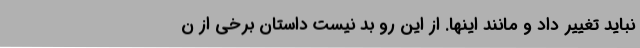
نباید تغییر داد و مانند اینها. از این رو بد نیست داستان برخی از ن